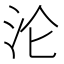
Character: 沦